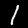
Label: 1